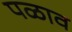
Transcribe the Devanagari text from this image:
पळाव